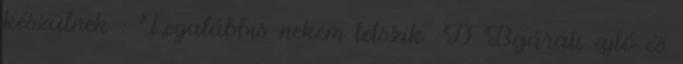
készülnek : Legalábbis nekem tetszik :D Bejárati ajtó és